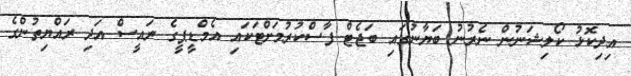
އިދިކޮޅު ކޯލިޝަނުން ނެރުނު ބަޔާނުގައި ބަޖެޓް ފާސްކުރުމަށްޓަކައި އެމްޑީޕީގެ ރައީސް އަދި ރައްޔިތުންގެ